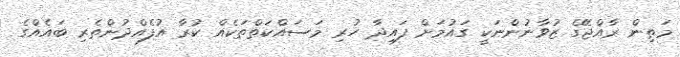
މަތިން ރާއްޖޭގެ ޒުވާނުންނަކީ ގައުމަށް ފައިދާ ހުރި މަސައްކަތްތަކެއް ކުރާ އުފެއްދުންތެރި ބައެއްގެ